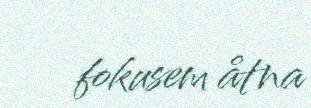
fokusem åtna